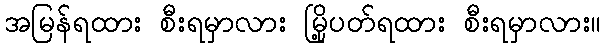
အမြန်ရထား စီးရမှာလား မြို့ပတ်ရထား စီးရမှာလား။